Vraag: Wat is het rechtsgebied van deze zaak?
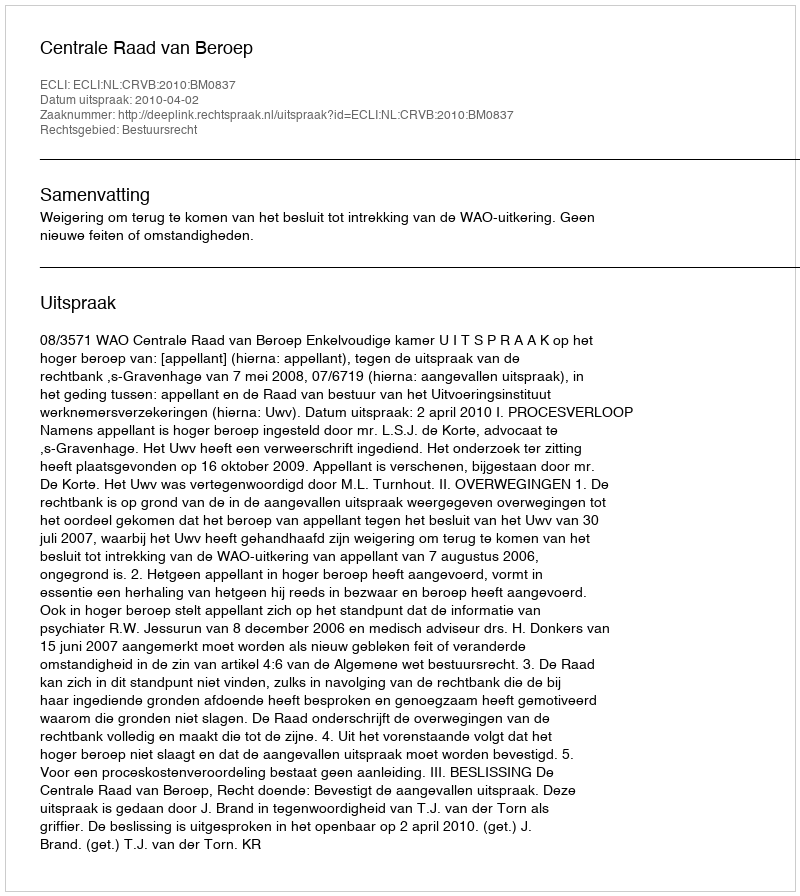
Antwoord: Bestuursrecht